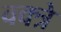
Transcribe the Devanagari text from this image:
वक्त्रे